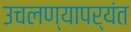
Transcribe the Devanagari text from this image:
उचलण्यापर्यंत